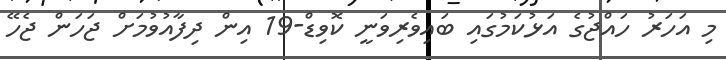
މި އަހަރު ހައްޖުގެ އަޅުކަމުގައި ބައިވެރިވަނީ ކޮވިޑް-19 އިން ދިފާއުވުމަށް ޖަހަން ޖެހޭ